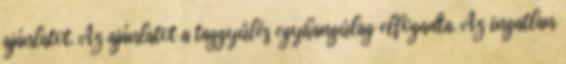
ajánlatot. Az ajánlatot a taggyűlés egyhangúlag elfogadta. Az ingatlan